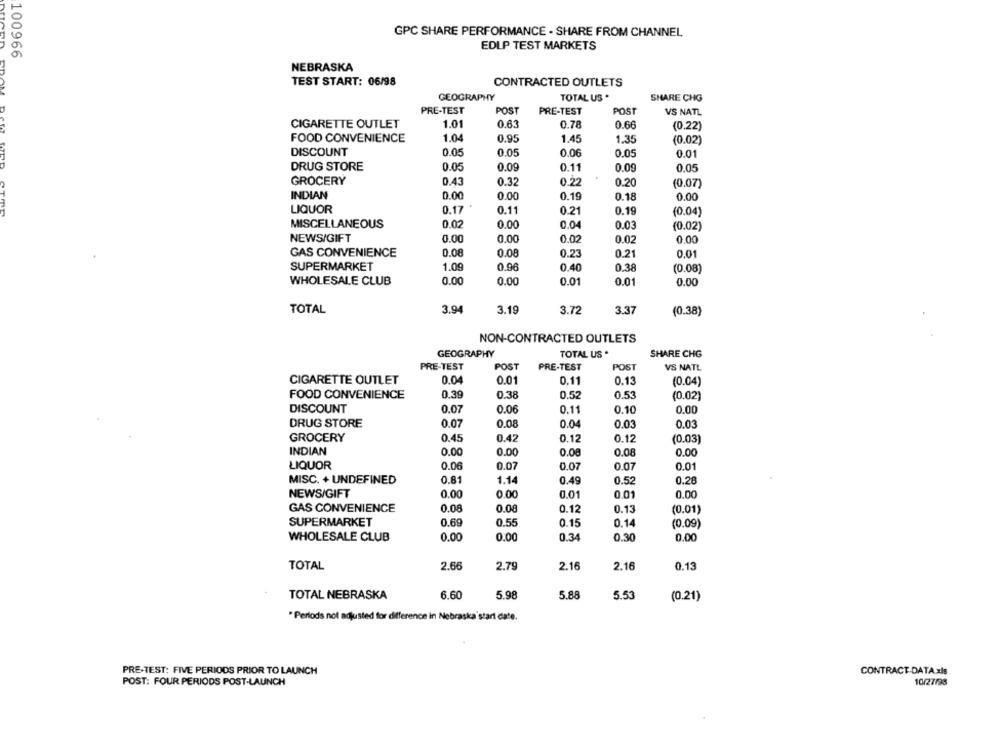
GPC SHARE PERFORMANCE - SHARE FROM CHANNEL
EDIP TEST MARKETS
100966
NEBRASKA
TEST START: 06/98
CONTRACTED OUTLETS
GEOGRAPHY
TOTAL US *
SHARE CHG
PRE-TEST
POST
PRE-TEST
POST
VS NATL
CIGARETTE OUTLET
1.01
0.63
0.78
0.66
(0.22)
FOOD CONVENIENCE
1.04
0.95
1.45
1.35
(0.02)
DISCOUNT
0.05
0.05
0.06
0.05
0.01
DRUG STORE
0.05
0.09
0.11
0.09
0.05
GROCERY
0.43
0.32
0.22
0.20
(0.07)
INDIAN
0.00
0.00
0.00
0.19
0.18
LIQUOR
0.17
0.11
0.21
0.19
(0.04)
MISCELLANEOUS
0.02
0.00
0.04
0.03
(0.02)
NEWS/GIFT
0.00
0.00
0.02
0.02
0.00
GAS CONVENIENCE
0.08
0.08
0.23
0.21
0.01
SUPERMARKET
1.09
0.96
0.40
0.38
(0.08)
WHOLESALE CLUB
0.00
0.00
0.01
0.01
0.00
TOTAL
3.94
3.19
3.7
3.37
(0.38)
NON-CONTRACTED OUTLETS
GEOGRAPHY
TOTAL US .
SHARE CHG
PRE-TEST
POST
PRE-TEST
POST
VS NATL
CIGARETTE OUTLET
0.04
0.01
0.11
0.13
(0.04)
FOOD CONVENIENCE
0.39
0.38
0.52
0.53
(0.02)
DISCOUNT
0.07
0.06
0.11
0.10
0.00
DRUG STORE
0.07
0.08
0.04
0.03
0.03
GROCERY
0.45
0.42
0.12
0.12
(0.03)
INDIAN
0.00
0.00
0.08
0.08
0.00
LIQUOR
0.06
0.07
0.07
0.07
0.01
MISC. + UNDEFINED
0.81
1.14
0.49
0.52
0.28
NEWS/GIFT
0.00
0.00
0.01
0.01
0.00
GAS CONVENIENCE
0.08
0.08
0.12
0.13
(0.01)
SUPERMARKET
0.69
0.55
0.15
0.14
(0.09)
WHOLESALE CLUB
0.00
0.00
0.34
0.30
0.00
TOTAL
2.66
2.79
2.16
2.16
0.13
TOTAL NEBRASKA
6.60
5.98
5.88
5.53
(0.21)
"Perlods not adjusted for difference in Nebraska start date.
PRE-TEST: FIVE PERIODS PRIOR TO LAUNCH
CONTRACT DATA xls
POST: FOUR PERIODS POST-LAUNCH
10/27/98